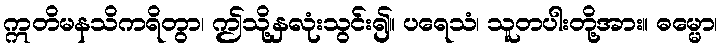
ဣတိမနသိကရိတွာ၊ ဤသို့နှလုံးသွင်း၍။ ပရေသံ၊ သူတပါးတို့အား။ ဓမ္မော၊